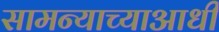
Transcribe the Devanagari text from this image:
सामन्याच्याआधी